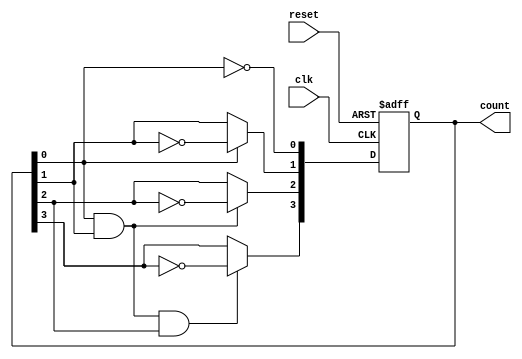
module async_ripple_counter (
    input wire clk,      // Clock input
    input wire reset,    // Asynchronous reset input
    output reg [n-1:0] count // n-bit output count
);
    parameter n = 4; // Number of flip-flops (adjust as needed)

    // Asynchronous reset and counting logic
    always @(posedge clk or posedge reset) begin
        if (reset) begin
            count <= 0; // Reset the counter to 0
        end else begin
            count[0] <= ~count[0]; // Toggle the least significant bit
            count[1] <= count[0] ? ~count[1] : count[1]; // Toggle second bit on falling edge of first bit
            count[2] <= (count[0] & count[1]) ? ~count[2] : count[2]; // Toggle third bit
            count[3] <= (count[0] & count[1] & count[2]) ? ~count[3] : count[3]; // Toggle fourth bit
            // Add more bits as needed for n-bit counter
        end
    end
endmodule